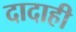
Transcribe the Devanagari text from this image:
दादाही